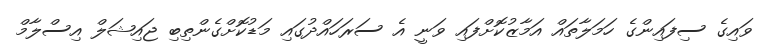
ވައިގެ ސިފައިންގެ ހަމަލާތައް އަމާޒުކޮށްފައި ވަނީ އެ ސަރަހައްދުގައި މަޑުކޮށްގެންތިބި ޖައިޝަލް އިސްލާމް